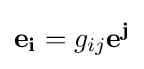
\mathbf {e_{i}} =g_{ij}\mathbf {e^{j}}